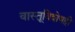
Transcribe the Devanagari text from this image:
वास्तूविशेषही